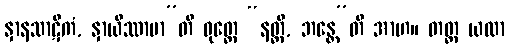
နှာနသာဋိကံ, နှာယိဿာမာ”တိ ဝုတ္တေ “နတ္ထိ, ဘန္တေ”တိ အာဟ။ တတ္ထ ယထာ